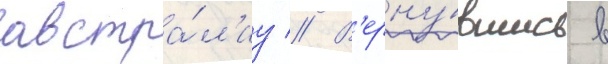
австра́л'иу // В'ерну́вшись в